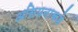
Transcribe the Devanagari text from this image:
असियनाकडे